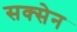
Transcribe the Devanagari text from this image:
सक्सेन